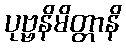
ပုဗ္ဗနိမိတ္တာနိ